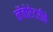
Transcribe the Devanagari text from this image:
लॅबोरेटरीचे